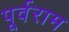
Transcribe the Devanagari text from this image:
पूर्वराम